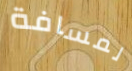
لمسافة